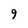
Character: 9